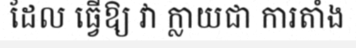
ដែល ធ្វើឱ្យ វា ក្លាយជា ការតាំង